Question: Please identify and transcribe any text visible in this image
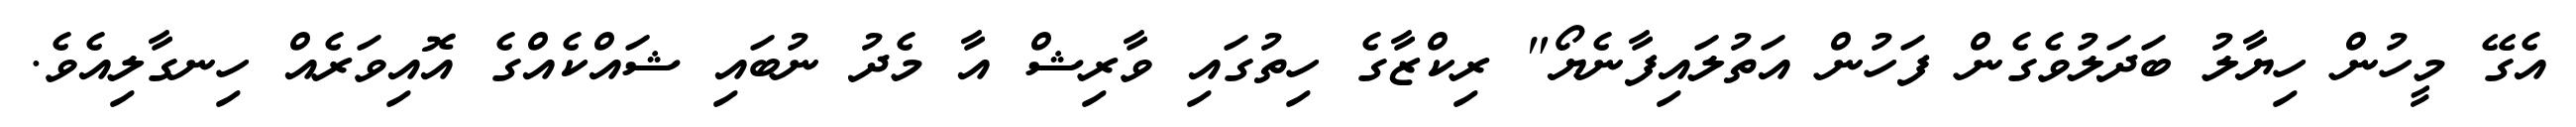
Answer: އެގޭ މީހުން ހިޔާލު ބަދަލުވެގެން ފަހުން އަތުލައިފާނެޔޯ" ރިކްޒާގެ ހިތުގައި ވާރިޝް އާ މެދު ނުބައި ޝައްކެއްގެ އޮއިވަރެއް ހިނގާލިއެވެ.